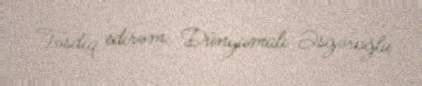
Təsdiq edirəm: Dünyamalı Əsgəroğlu